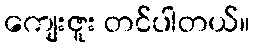
ကျေးဇူး တင်ပါတယ်။